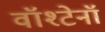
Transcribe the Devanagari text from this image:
वॉश्टेनॉ